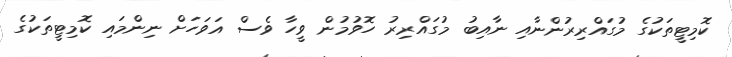
ކޮމިޓީތަކުގެ މުގައްރިރުންނާއި ނާއިބު މުގައްރިރު ހޮވުމުން ވީހާ ވެސް އަވަހަށް ނިންމައި ކޮމިޓީތަކުގެ